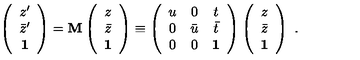
\left( \begin{array} { c } { z ^ { \prime } } \\ { \bar { z } ^ { \prime } } \\ { \bf 1 } \\ \end{array} \right) = { \bf M } \left( \begin{array} { c } { z } \\ { \bar { z } } \\ { \bf 1 } \\ \end{array} \right) \equiv \left( \begin{array} { c c c } { u } & { 0 } & { t } \\ { 0 } & { \bar { u } } & { \bar { t } } \\ { 0 } & { 0 } & { { \bf 1 } } \\ \end{array} \right) \left( \begin{array} { c } { z } \\ { \bar { z } } \\ { \bf 1 } \\ \end{array} \right) \ .